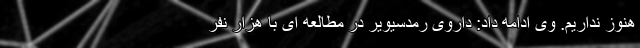
هنوز نداریم. وی ادامه داد: داروی رمدسیویر در مطالعه ای با هزار نفر